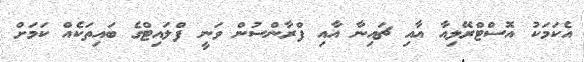
އެކަމަކު އޮސްޓްރޭލިއާ އާއި ޗައިނާ އާއި ފްރާންސުން ވަނީ ފްލައިޓްގެ ބައިތަކެއް ކަމަށް